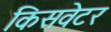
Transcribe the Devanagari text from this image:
किसवेटर